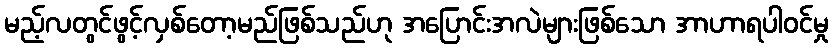
မည့်လတွင်ဖွင့်လှစ်တော့မည်ဖြစ်သည်ဟု အပြောင်းအလဲများဖြစ်သော အာဟာရပါဝင်မှု